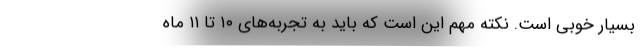
بسیار خوبی است. نکته مهم این است که باید به تجربه‌های ۱۰ تا ۱۱ ماه